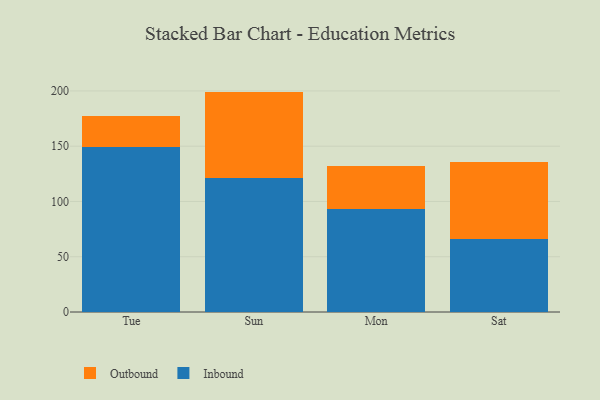
{"axis": {"x": "Day", "y": "Budget (USD K)"}, "legend": ["Inbound", "Outbound"], "data": [{"x": "Tue", "y": 149.1, "type": "Inbound"}, {"x": "Tue", "y": 28.6, "type": "Outbound"}, {"x": "Sun", "y": 121.6, "type": "Inbound"}, {"x": "Sun", "y": 77.8, "type": "Outbound"}, {"x": "Mon", "y": 93.5, "type": "Inbound"}, {"x": "Mon", "y": 38.4, "type": "Outbound"}, {"x": "Sat", "y": 66.0, "type": "Inbound"}, {"x": "Sat", "y": 69.6, "type": "Outbound"}]}